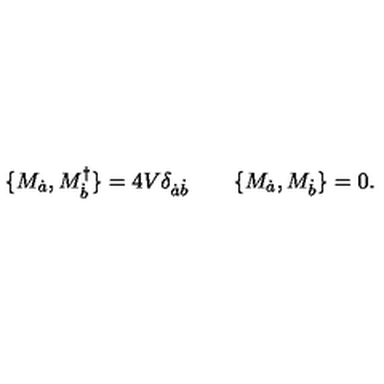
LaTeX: \{ M _ { \dot { a } } , M _ { \dot { b } } ^ { \dagger } \} = 4 V \delta _ { \dot { a } \dot { b } } \qquad \{ M _ { \dot { a } } , M _ { \dot { b } } \} = 0 .